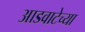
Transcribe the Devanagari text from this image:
आडवाटेच्या